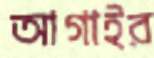
আগাইর